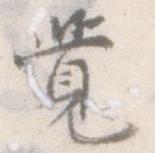
覚